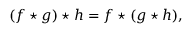
( f \star g ) \star h = f \star ( g \star h ) ,